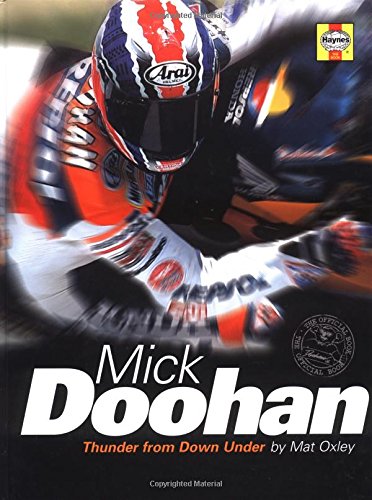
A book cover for Mick Doohan: Thunder from Down Under; Mat Oxley; Sports & Outdoors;